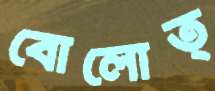
বোলোত্